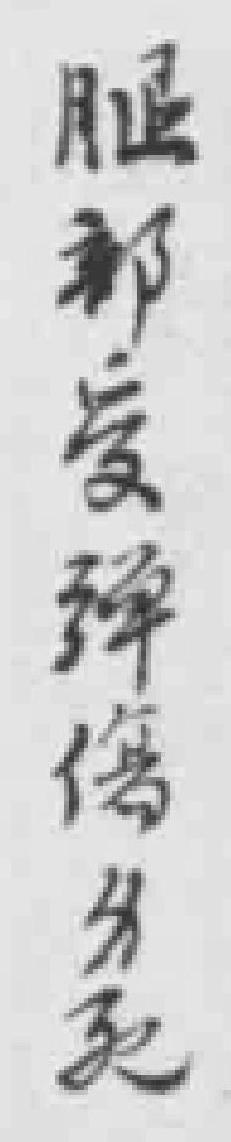
腿部受弹傷*死